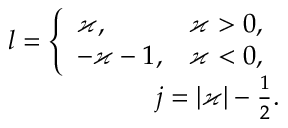
\begin{array} { r } { l = \left\{ \begin{array} { l l } { \varkappa , } & { \varkappa > 0 , } \\ { - \varkappa - 1 , } & { \varkappa < 0 , } \end{array} \right. } \\ { j = | \varkappa | - \frac { 1 } { 2 } . } \end{array}